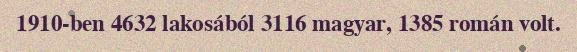
1910-ben 4632 lakosából 3116 magyar, 1385 román volt.